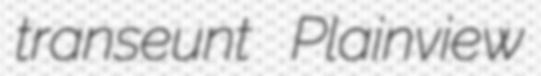
transeunt Plainview